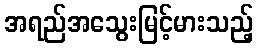
အရည်အသွေးမြင့်မားသည့်